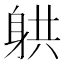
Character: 𮜲